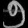
Digit: ၅